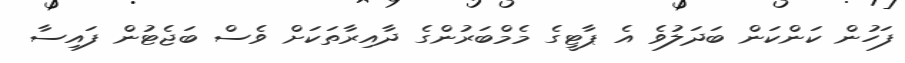
ފަހުން ކަންކަން ބަދަލުވެ އެ ޕާޓީގެ މެމްބަރުންގެ ދާއިރާތަކަށް ވެސް ބަޖެޓުން ފައިސާ